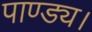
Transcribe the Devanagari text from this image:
पाण्ड्य।